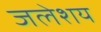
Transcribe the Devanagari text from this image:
जलेशय